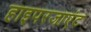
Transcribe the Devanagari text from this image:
हाइपरजाएंट